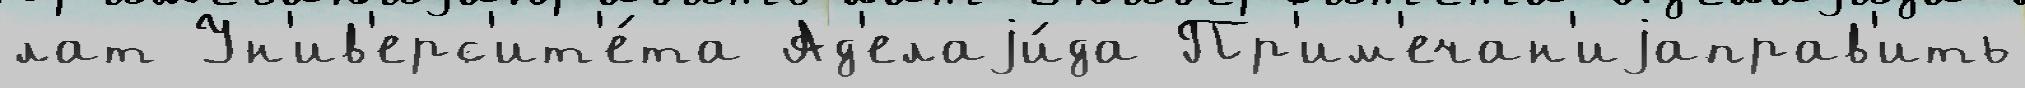
лат Ун'ив'ерс'ит'е́та Ад'елаjи́да Пр'им'ечан'иjаправ'ить